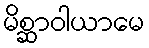
မိစ္ဆာဝါယာမေ